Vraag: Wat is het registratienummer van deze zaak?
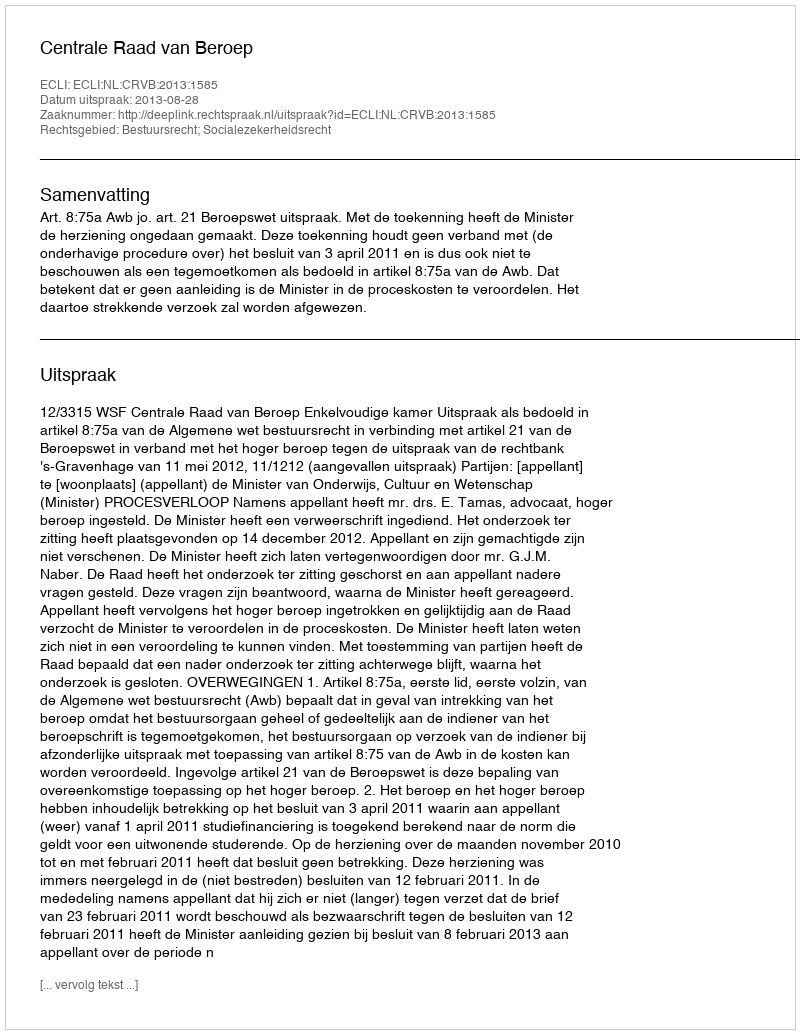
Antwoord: http://deeplink.rechtspraak.nl/uitspraak?id=ECLI:NL:CRVB:2013:1585